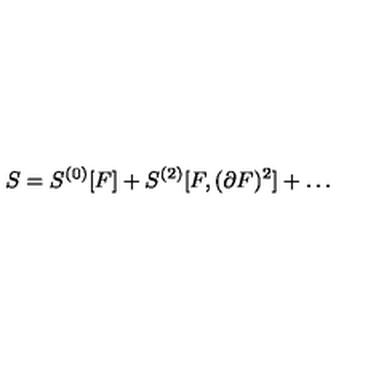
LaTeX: S = S ^ { ( 0 ) } [ F ] + S ^ { ( 2 ) } [ F , ( \partial F ) ^ { 2 } ] + \dots